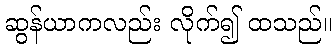
ဆွန်ယာကလည်း လိုက်၍ ထသည်။